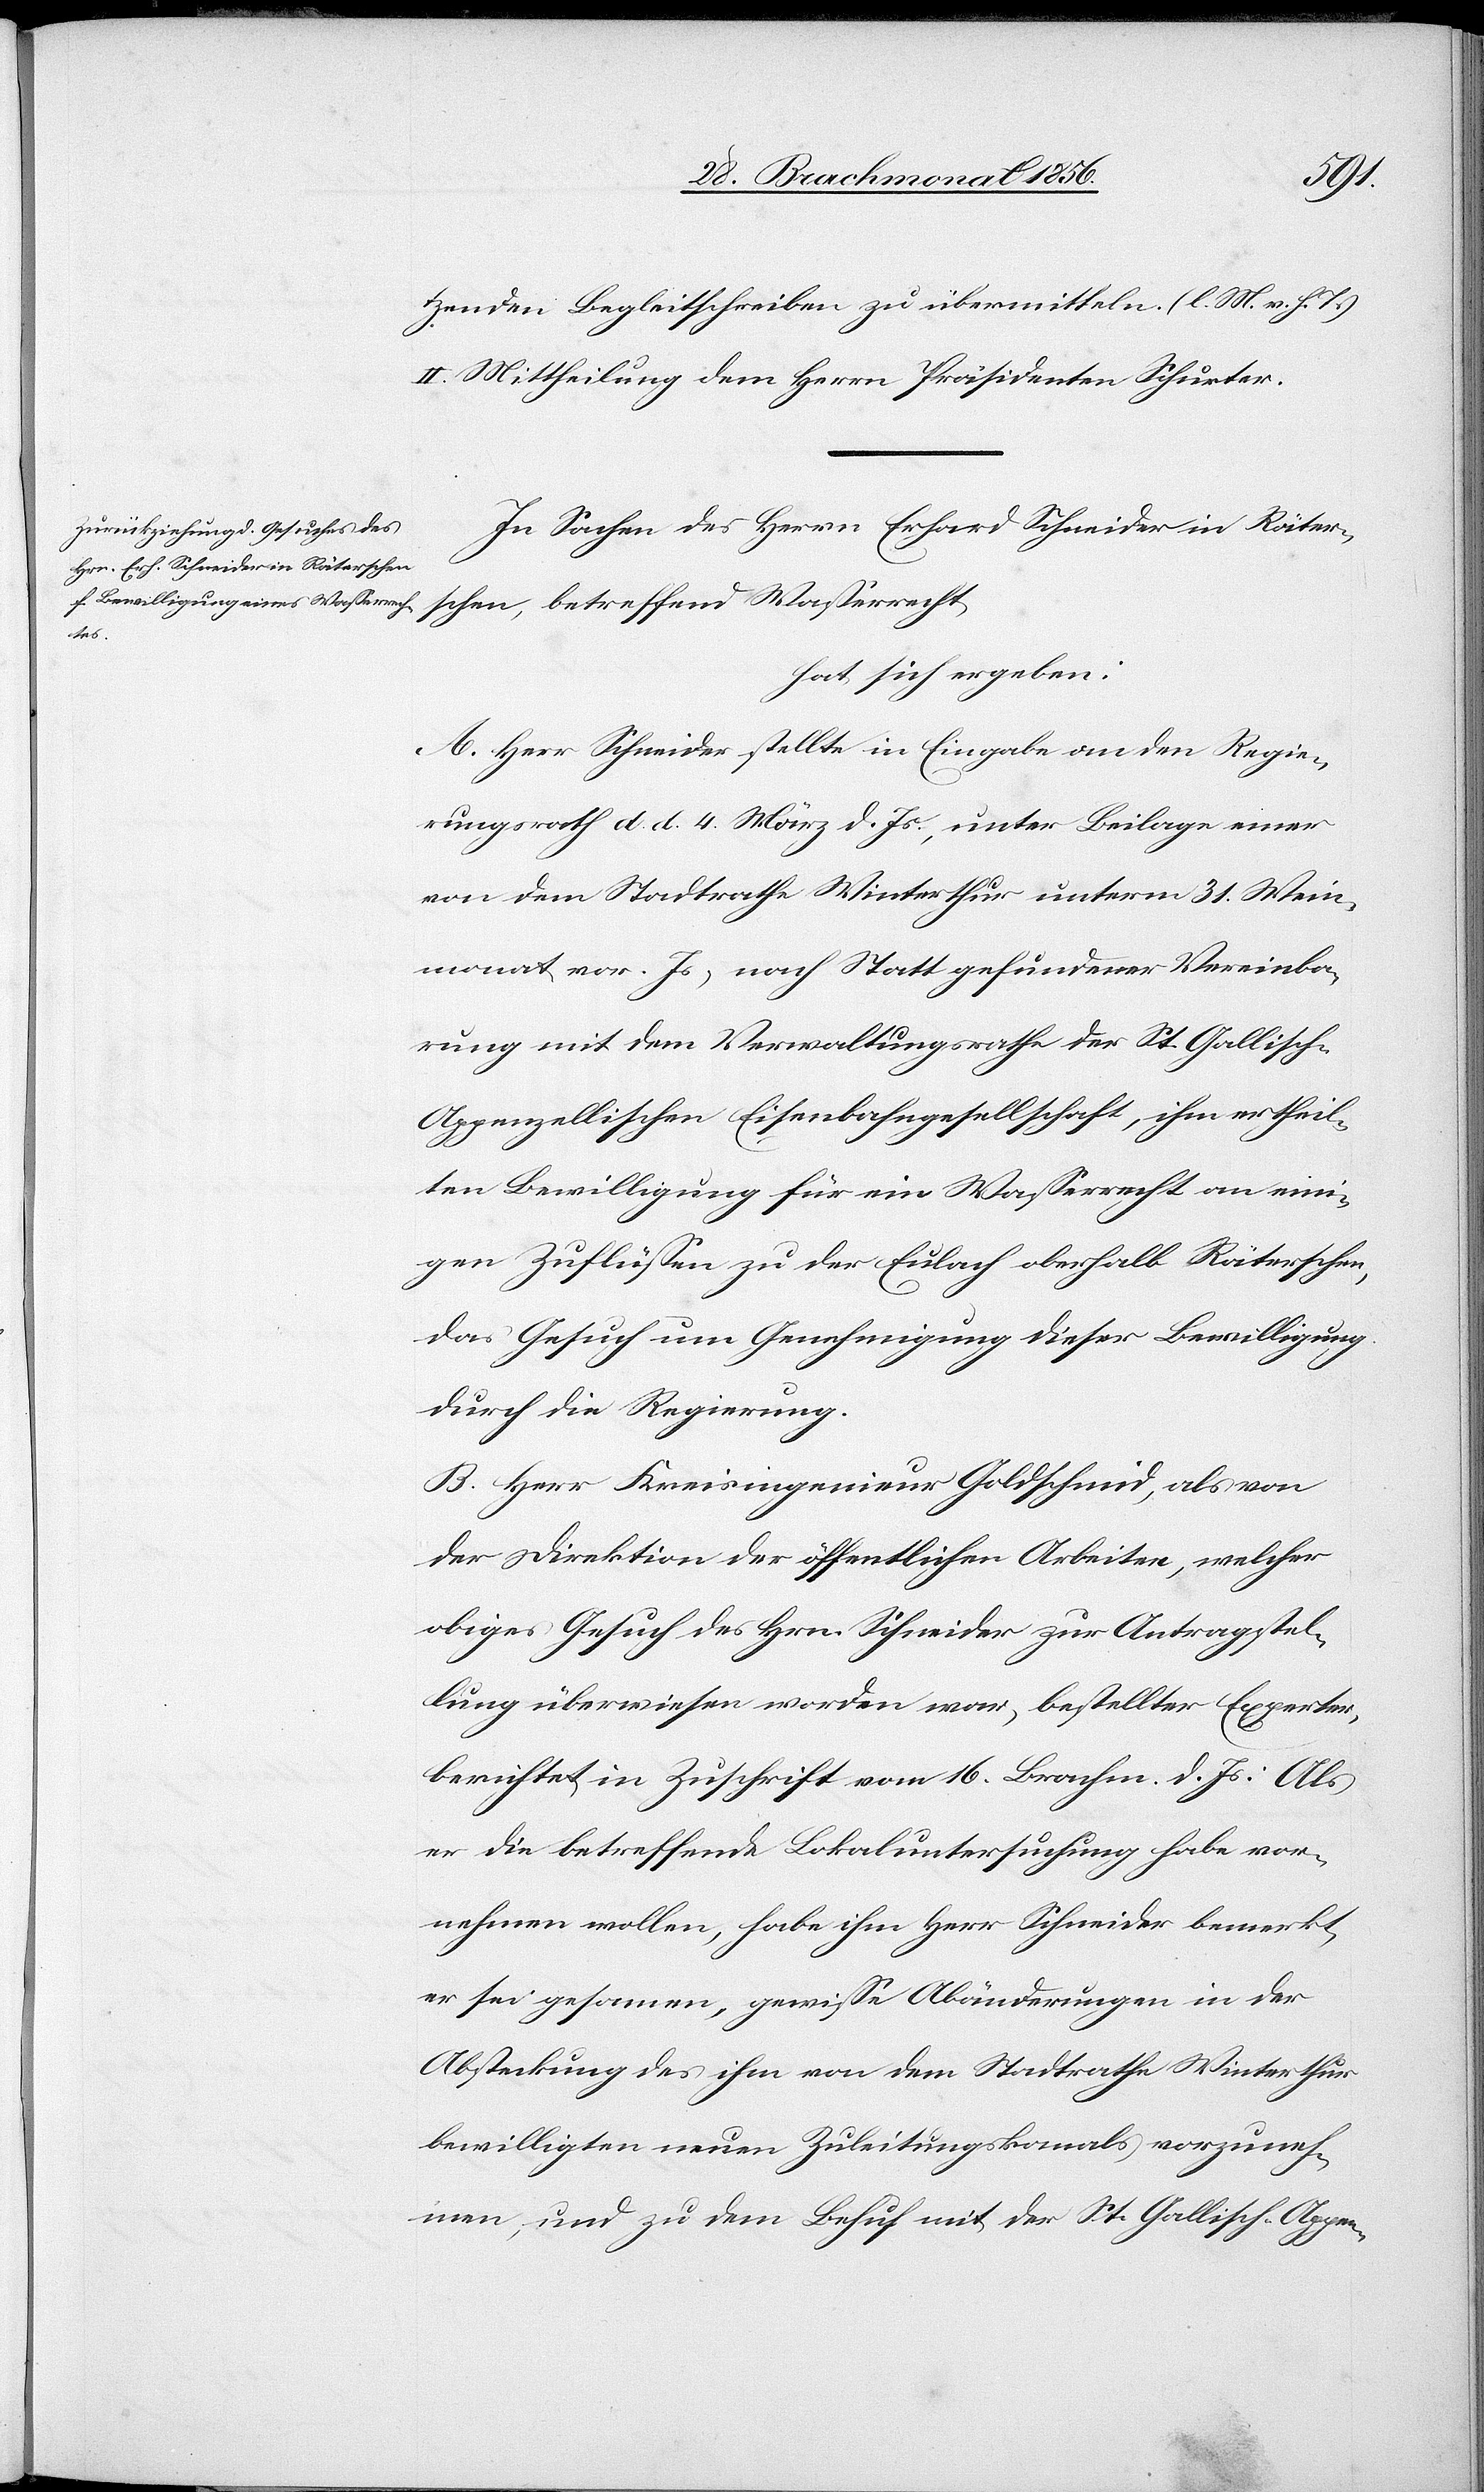
tzenden Begleitschreiben zu übermitteln. (l. M. v. h. T.)
II. Mittheilung dem Herrn Präsidenten Schurter.
In Sachen des Herrn Erhard Schneider in Räter¬
schen,
hat sich ergeben:
A. Herr Schneider stellte in Eingabe an den Regie¬
rungsrath d. d. 4. März d. Js., unter Beilage einer
von dem Stadtrathe Winterthur unterm 31. Wein¬
monat vor. Js, nach Statt gefundener Vereinba¬
rung mit dem Verwaltungsrathe der St. Gallisch-A¬
ppenzellischen Eisenbahngesellschaft, ihm ertheil¬
ten Bewilligung für ein Wasserrecht an eini¬
gen Zuflüssen zu der Eulach oberhalb Räterschen,
das Gesuch um Genehmigung dieser Bewilligung
durch die Regierung.
B. Herr Kreisingenieur Goldschmid, als von
der Direktion der öffentlichen Arbeiten, welcher
obiges Gesuch des Hrn. Schneider zur Antragstel¬
lung überwiesen worden war, bestellter Experter
berichtet in Zuschrift vom 16. Brachm. d. Js: Als
er die betreffende Lokaluntersuchung habe vor¬
nehmen wollen, habe ihm Herr Schneider bemerkt,
er sei gesonnen, gewisse Abänderungen in der
Absteckung des ihm von dem Stadtrathe Winterthur
bewilligten neuen Zuleitungskanals vorzuneh¬
men, und zu dem Behuf mit der St. Gallisch-Appen-